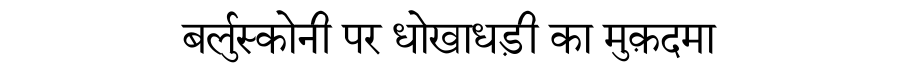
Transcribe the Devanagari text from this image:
बर्लुस्कोनी पर धोखाधड़ी का मुक़दमा